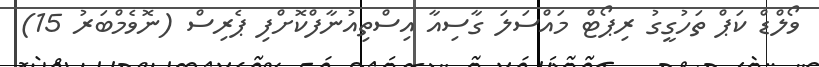
ވޯލްޑް ކަޕް ތަހުގީގު ރިޕޯޓް މައްސަލަ ގާސިއާ އިސްތިއުނާފްކޮށްފި ޕެރިސް (ނޮވެމްބަރު 15)